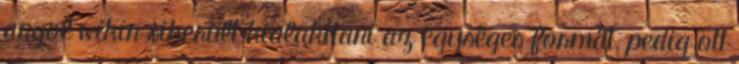
angol wikin sikerült kialakítani az egységes formát, pedig ott